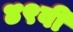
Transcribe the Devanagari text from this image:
४९वी